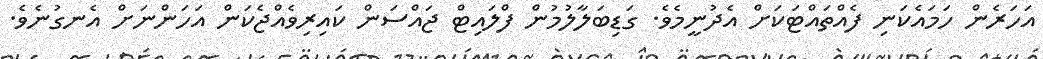
އަހަރެން ހަމައެކަނި ފެއްތައްޓަކަށް އެދުނީމެވެ. ގަޑިބަލާލުމުން ފްލައިޓް ޖައްސަން ކައިރިވެއްޖެކަން އަހަންނަށް އެނގުނެވެ.